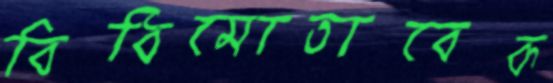
বিধিমোতাবেক